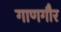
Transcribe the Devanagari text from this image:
गाणगौर